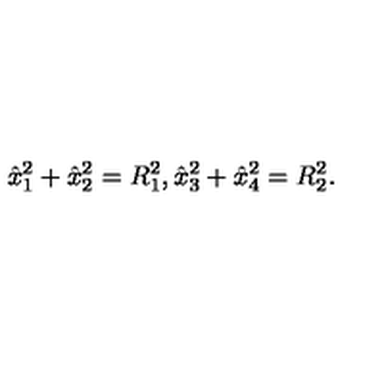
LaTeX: \hat { x } _ { 1 } ^ { 2 } + \hat { x } _ { 2 } ^ { 2 } = R _ { 1 } ^ { 2 } , \hat { x } _ { 3 } ^ { 2 } + \hat { x } _ { 4 } ^ { 2 } = R _ { 2 } ^ { 2 } .